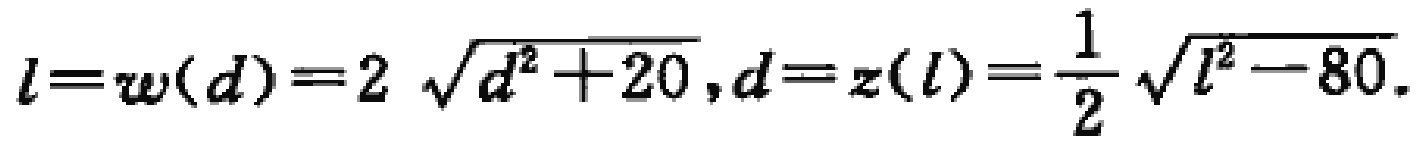
\(l = w(d)=2\sqrt{d^{2}+20},d = z(l)=\frac{1}{2}\sqrt{l^{2}-80}\)